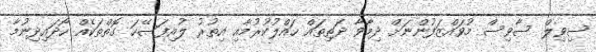
ސިވިލް ސާވިސް މުވައްޒަފުންނަށް ދިމާވާ ދަތިތައް ހައްލުކުރުމާއި އިތުރު ލުއިފަސޭހަ ގޮތްތަކެއް ހޯދައިދިނުމާ